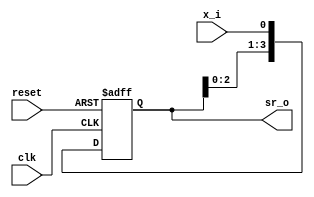
module day6(
  input     wire        clk,
  input     wire        reset,
  input     wire        x_i,      // Serial input

  output    wire[3:0]   sr_o
);

  reg [3:0]sr_ff;
  reg [3:0]nxt_sr;
  
  always@(posedge clk or posedge reset) begin
    if(reset) 
      sr_ff <= 4'b0;
    else 
      sr_ff <= nxt_sr;
  end

  assign nxt_sr = {sr_ff[2:0], x_i};
  assign sr_o = sr_ff;
  
endmodule